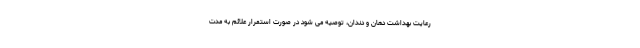
رعایت بهداشت دهان و دندان، توصیه می شود در صورت استمرار علائم به مدت